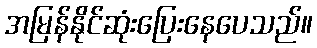
အမြန်နိုင်ဆုံးပြေးနေပေသည်။